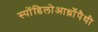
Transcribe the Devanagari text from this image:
स्पोंडिलोआर्थ्रोपैथी